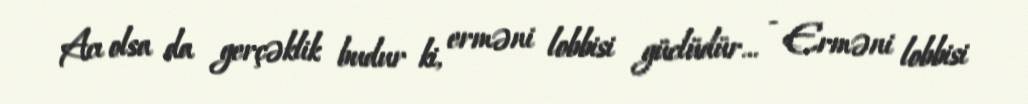
Acı olsa da gerçəklik budur ki, erməni lobbisi güclüdür... - Erməni lobbisi